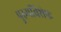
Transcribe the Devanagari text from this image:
पुरुषविशेषः